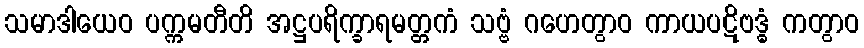
သမာဒါယေဝ ပက္ကမတီတိ အဋ္ဌပရိက္ခာရမတ္တကံ သဗ္ဗံ ဂဟေတွာဝ ကာယပဋိဗဒ္ဓံ ကတွာဝ